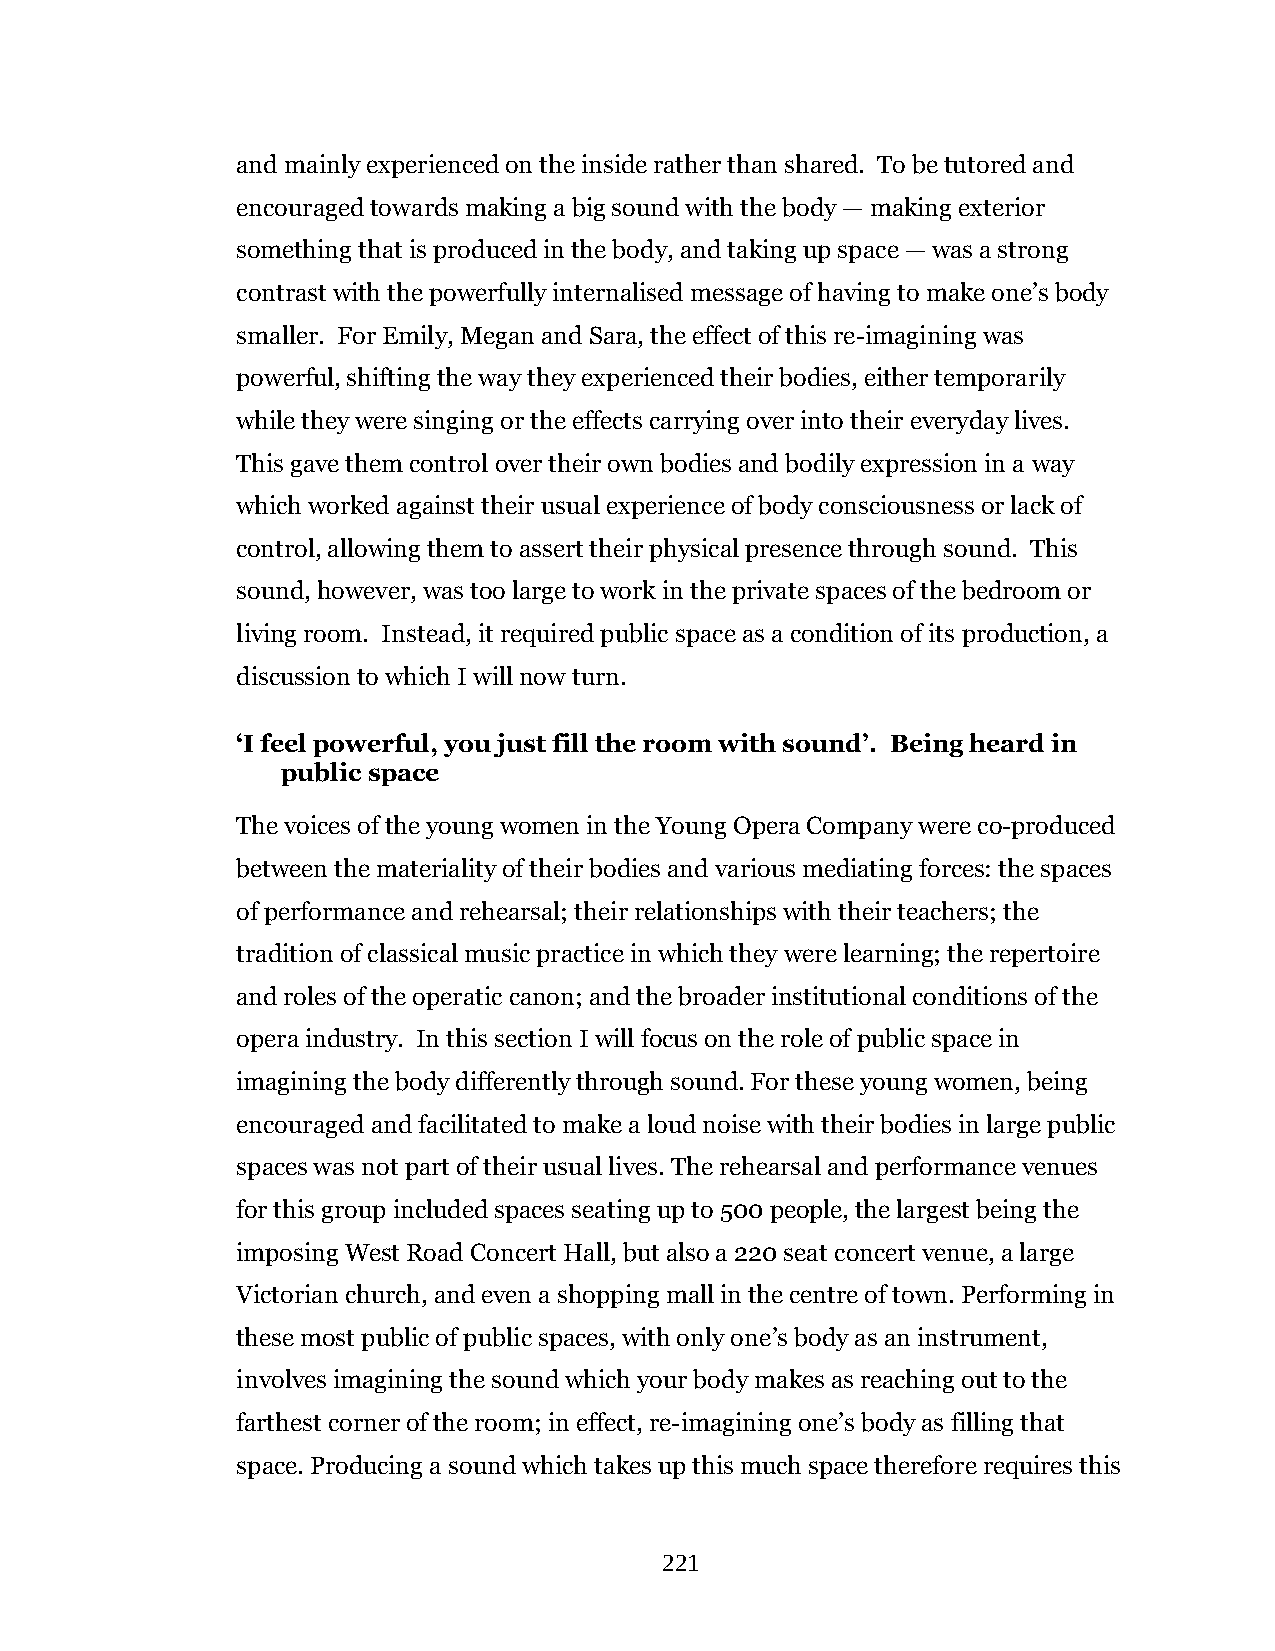
and mainly experienced on the inside rather than shared. To be tutored and
 encouraged towards making a big sound with the body — making exterior
 something that is produced in the body, and taking up space — was a strong
 contrast with the powerfully internalised message of having to make one’s body
 smaller. For Emily, Megan and Sara, the effect of this re-imagining was
 powerful, shifting the way they experienced their bodies, either temporarily
 while they were singing or the effects carrying over into their everyday lives.
 This gave them control over their own bodies and bodily expression in a way
 which worked against their usual experience of body consciousness or lack of
 control, allowing them to assert their physical presence through sound. This
 sound, however, was too large to work in the private spaces of the bedroom or
 living room. Instead, it required public space as a condition of its production, a
 discussion to which I will now turn.
 ‘I feel powerful, you just fill the room with sound’. Being heard in
 public space
 The voices of the young women in the Young Opera Company were co-produced
 between the materiality of their bodies and various mediating forces: the spaces
 of performance and rehearsal; their relationships with their teachers; the
 tradition of classical music practice in which they were learning; the repertoire
 and roles of the operatic canon; and the broader institutional conditions of the
 opera industry. In this section I will focus on the role of public space in
 imagining the body differently through sound. For these young women, being
 encouraged and facilitated to make a loud noise with their bodies in large public
 spaces was not part of their usual lives. The rehearsal and performance venues
 for this group included spaces seating up to 500 people, the largest being the
 imposing West Road Concert Hall, but also a 220 seat concert venue, a large
 Victorian church, and even a shopping mall in the centre of town. Performing in
 these most public of public spaces, with only one’s body as an instrument,
 involves imagining the sound which your body makes as reaching out to the
 farthest corner of the room; in effect, re-imagining one’s body as filling that
 space. Producing a sound which takes up this much space therefore requires this
 221